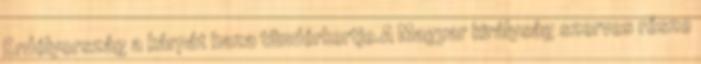
Erdélyország a kárpát haza tündérkertje.A Magyar királyság szerves része